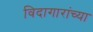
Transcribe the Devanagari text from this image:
विदागारांच्या